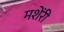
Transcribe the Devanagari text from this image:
मशेंरी